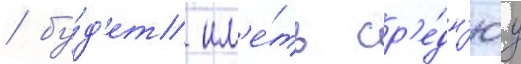
/ бу́д'ет им'е́ть ср'е́дн'юу